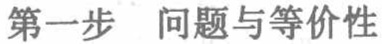
第一步 问题与等价性